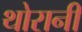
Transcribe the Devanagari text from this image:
थोरानी